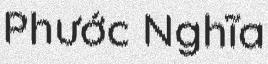
Phước Nghĩa